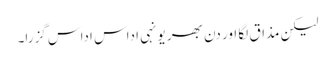
لیکن مذاق لگا اور دن بھر یونہی اداس اداس گزرا۔